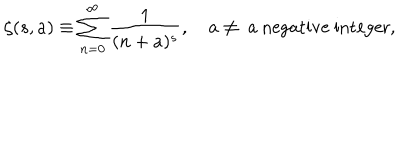
\zeta ( s , a ) \equiv \sum _ { n = 0 } ^ { \infty } \frac { 1 } { ( n + a ) ^ { s } } , \quad a \ne \mathrm { ~ a ~ n e g a t i v e ~ i n t e g e r } ,